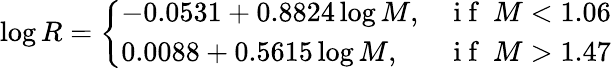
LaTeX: \log R=\left\{ \begin{array}{ll}{-0.0531+0.8824\log M,}&{\mathrm{~i~f~}\ M<1.06}\\ {0.0088+0.5615\log M,}&{\mathrm{~i~f~}\ M>1.47}\end{array}\right.